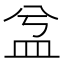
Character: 㿽